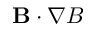
\mathbf B \cdot \nabla B